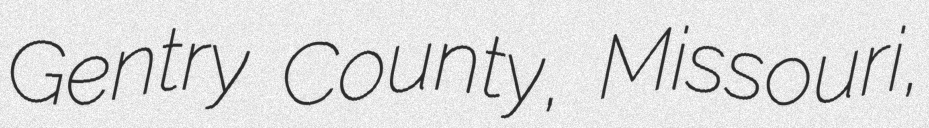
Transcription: Gentry County, Missouri,